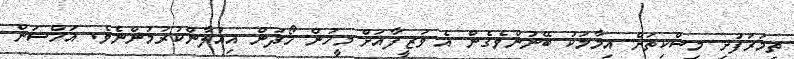
ތިމަރަފުށި މިސްކިތަށް އިމާމަކު ބޭނުންވެގެން އެ ވަޒީފާއަށް މީހުން ހޯދަން އިއުލާންކުރުމުންނެެވެ. އަހްސަން